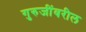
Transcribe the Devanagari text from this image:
गुरुजींवरील